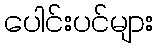
ပေါင်းပင်များ